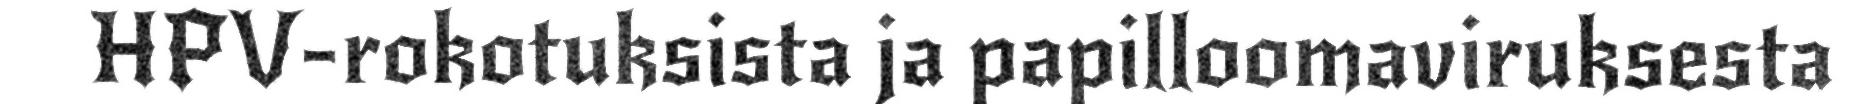
HPV-rokotuksista ja papilloomaviruksesta